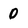
Character: 0